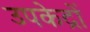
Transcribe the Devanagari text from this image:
उपकेद्रों